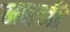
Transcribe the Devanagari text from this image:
महनी